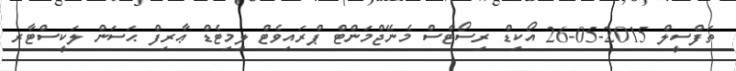
ތަފްސީލް 2015-05-26 އޯކިޑް ރިސޯޓްސް މެނޭޖްމަންޓް ޕްރައިވެޓް ލިމިޓެޑް ޢާރިފް ޙަސަން ލަކީސްޓާރ